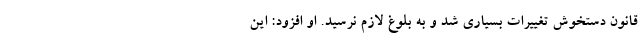
قانون دستخوش تغییرات بسیاری شد و به بلوغ لازم نرسید. او افزود: این